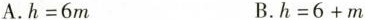
A.$$h=6m$$ B.$$h=6+m$$